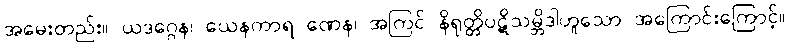
အမေးတည်း။ ယဒဂ္ဂေန၊ ယေနကာရ ဏေန၊ အကြင် နိရုတ္တိပဋိသမ္ဘိဒါဟူသော အကြောင်းကြောင့်။